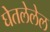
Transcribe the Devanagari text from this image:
घेतलेलेल